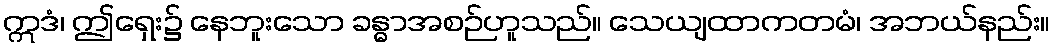
ဣဒံ၊ ဤရှေး၌ နေဘူးသော ခန္ဓာအစဉ်ဟူသည်။ သေယျထာကတမံ၊ အဘယ်နည်း။